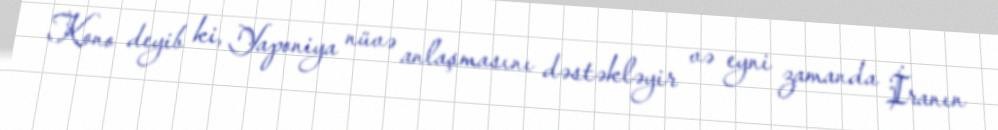
Kono deyib ki, Yaponiya nüvə anlaşmasını dəstəkləyir və eyni zamanda İranın